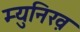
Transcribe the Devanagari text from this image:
म्युनिख़